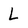
Character: L